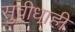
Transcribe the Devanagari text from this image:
सुवीधाही